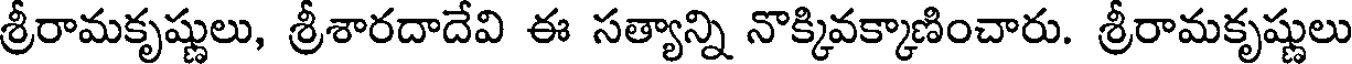
శ్రీరామకృష్ణులు, శ్రీశారదాదేవి ఈ సత్యాన్ని నొక్కివక్కాణించారు. శ్రీరామకృష్ణులు